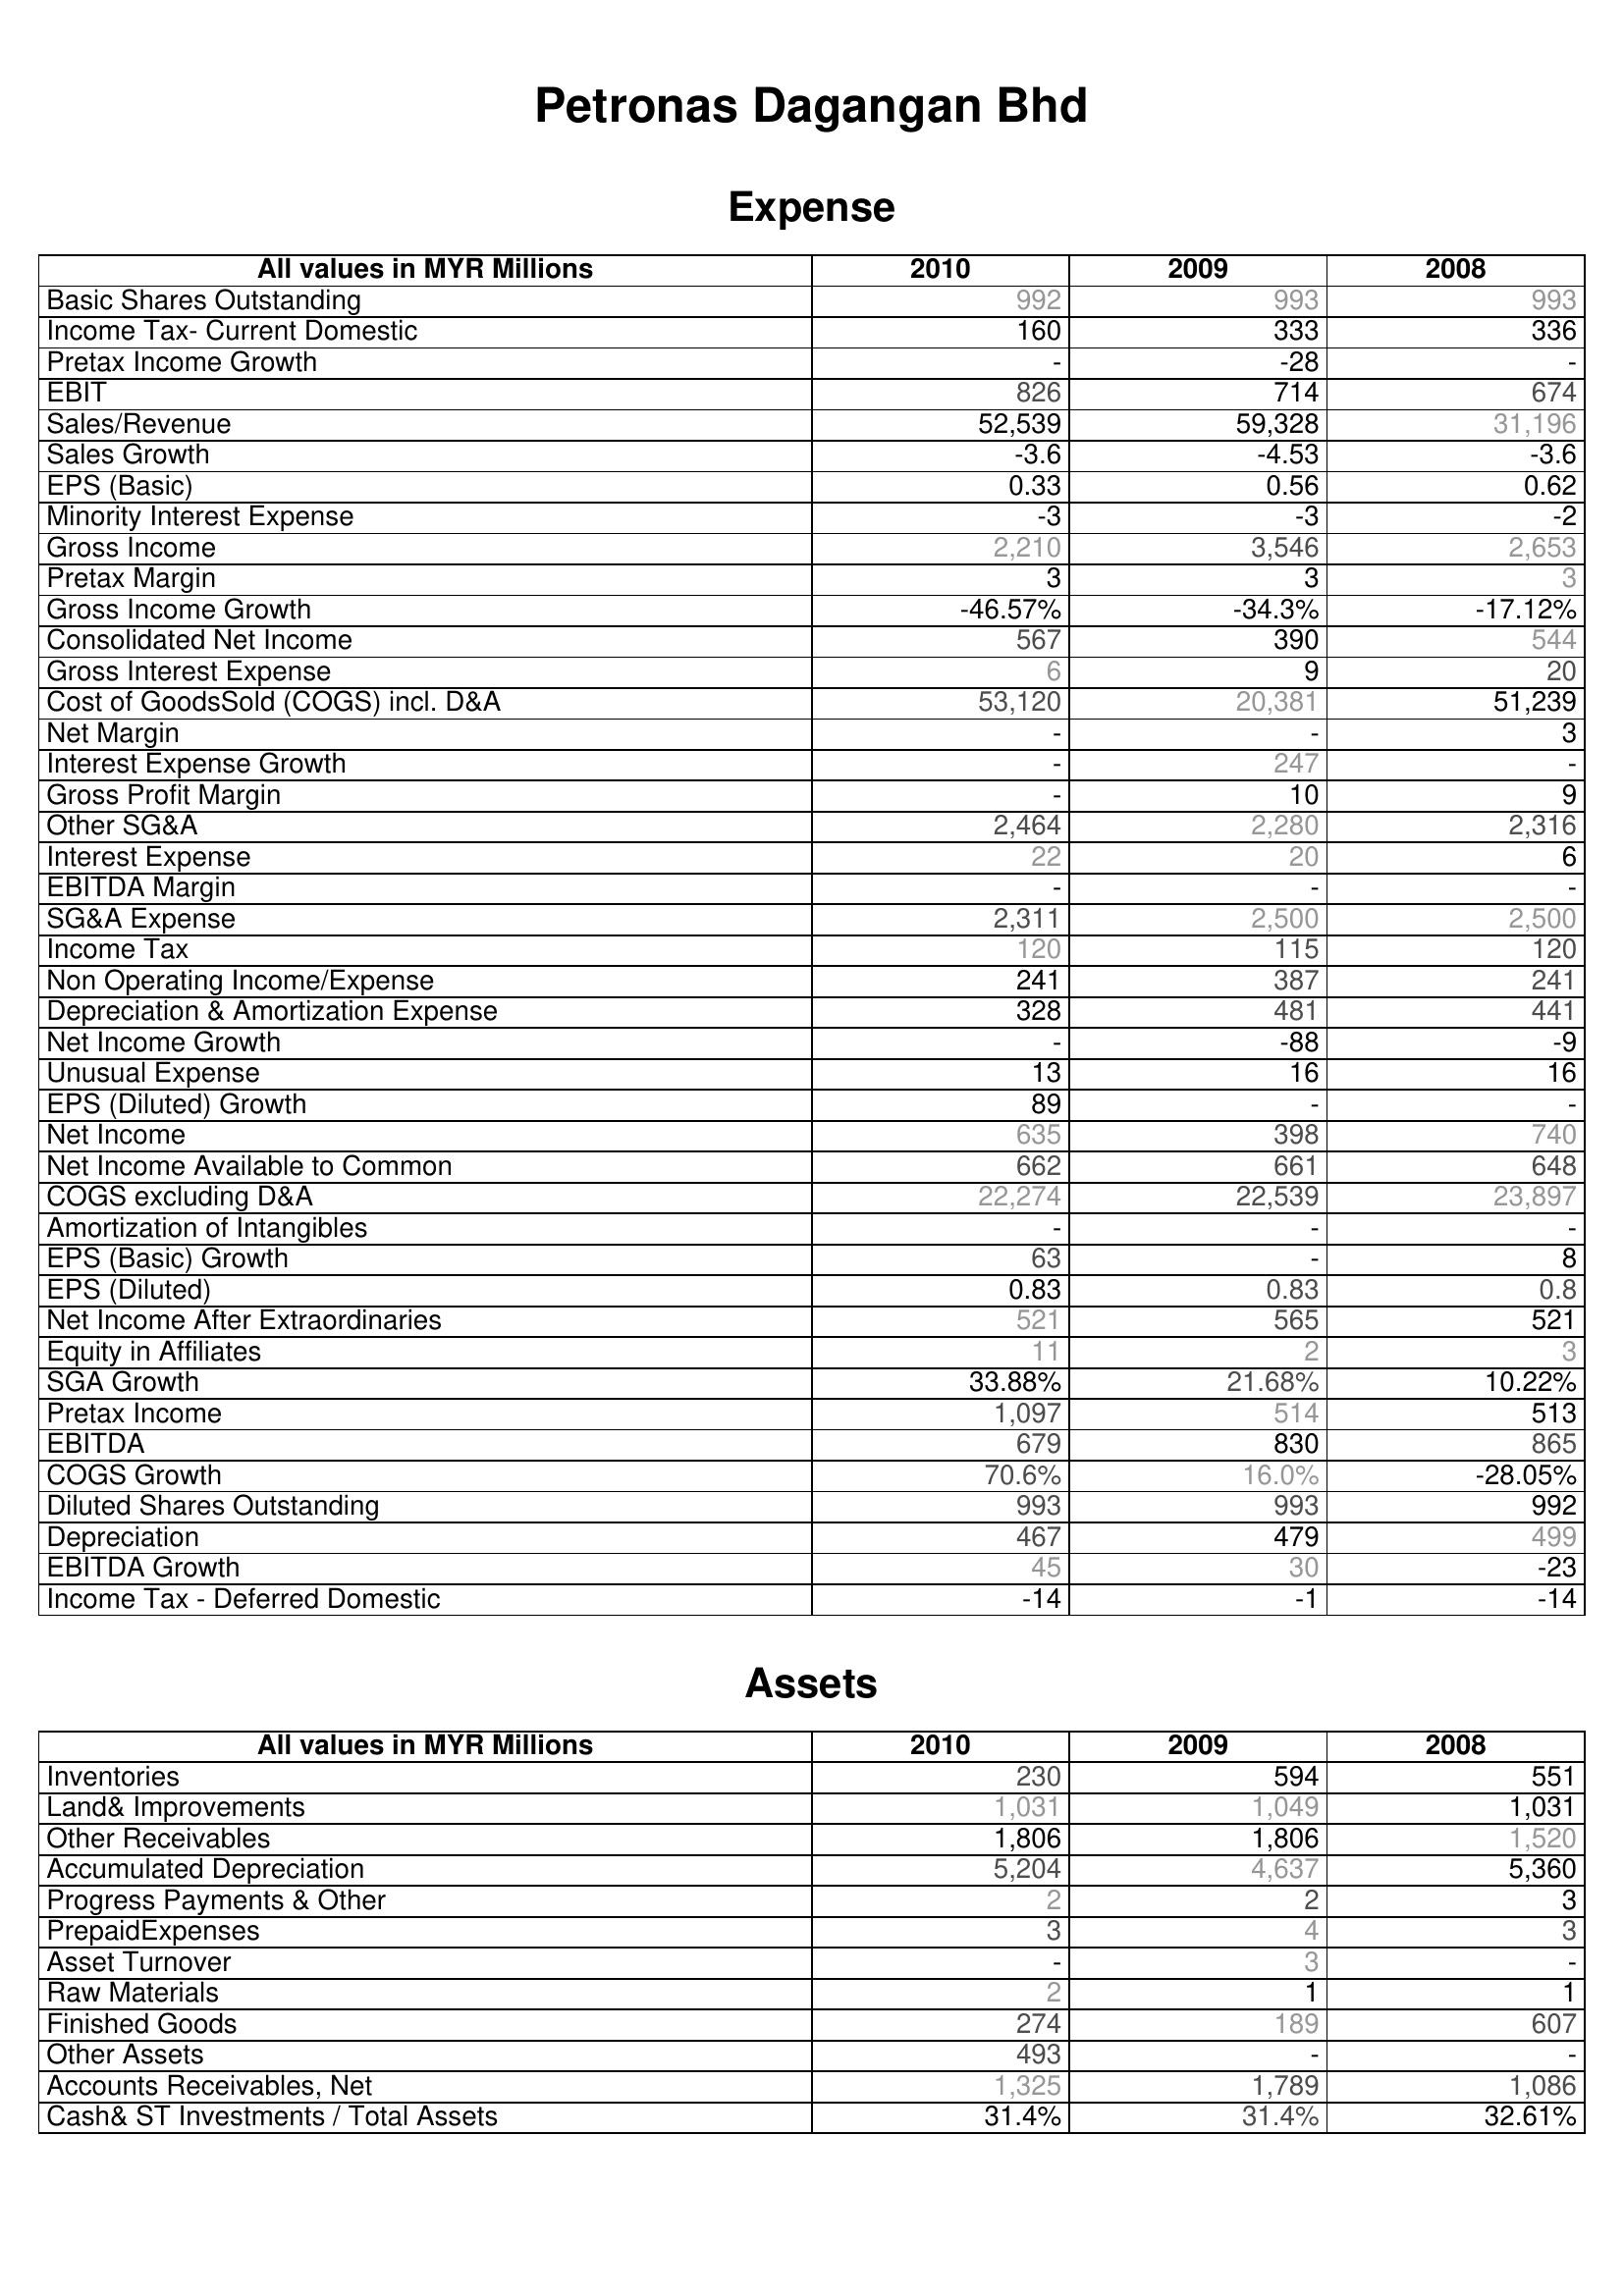
2010: Expense: Basic Shares Outstanding: 992
Income Tax- Current Domestic: 160
Pretax Income Growth: -
EBIT: 826
Sales/Revenue: 52,539
Sales Growth: -3.6
EPS (Basic): 0.33
Minority Interest Expense: -3
Gross Income: 2,210
Pretax Margin: 3
Gross Income Growth: -46.57%
Consolidated Net Income: 567
Gross Interest Expense: 6
Cost of GoodsSold (COGS) incl. D&A: 53,120
Net Margin: -
Interest Expense Growth: -
Gross Profit Margin: -
Other SG&A: 2,464
Interest Expense: 22
EBITDA Margin: -
SG&A Expense: 2,311
Income Tax: 120
Non Operating Income/Expense: 241
Depreciation & Amortization Expense: 328
Net Income Growth: -
Unusual Expense: 13
EPS (Diluted) Growth: 89
Net Income: 635
Net Income Available to Common: 662
COGS excluding D&A: 22,274
Amortization of Intangibles: -
EPS (Basic) Growth: 63
EPS (Diluted): 0.83
Net Income After Extraordinaries: 521
Equity in Affiliates: 11
SGA Growth: 33.88%
Pretax Income: 1,097
EBITDA: 679
COGS Growth: 70.6%
Diluted Shares Outstanding: 993
Depreciation: 467
EBITDA Growth: 45
Income Tax - Deferred Domestic: -14
Assets: Inventories: 230
Land& Improvements: 1,031
Other Receivables: 1,806
Accumulated Depreciation: 5,204
Progress Payments & Other: 2
PrepaidExpenses: 3
Asset Turnover: -
Raw Materials: 2
Finished Goods: 274
Other Assets: 493
Accounts Receivables, Net: 1,325
Cash& ST Investments / Total Assets: 31.4%
2009: Expense: Basic Shares Outstanding: 993
Income Tax- Current Domestic: 333
Pretax Income Growth: -28
EBIT: 714
Sales/Revenue: 59,328
Sales Growth: -4.53
EPS (Basic): 0.56
Minority Interest Expense: -3
Gross Income: 3,546
Pretax Margin: 3
Gross Income Growth: -34.3%
Consolidated Net Income: 390
Gross Interest Expense: 9
Cost of GoodsSold (COGS) incl. D&A: 20,381
Net Margin: -
Interest Expense Growth: 247
Gross Profit Margin: 10
Other SG&A: 2,280
Interest Expense: 20
EBITDA Margin: -
SG&A Expense: 2,500
Income Tax: 115
Non Operating Income/Expense: 387
Depreciation & Amortization Expense: 481
Net Income Growth: -88
Unusual Expense: 16
EPS (Diluted) Growth: -
Net Income: 398
Net Income Available to Common: 661
COGS excluding D&A: 22,539
Amortization of Intangibles: -
EPS (Basic) Growth: -
EPS (Diluted): 0.83
Net Income After Extraordinaries: 565
Equity in Affiliates: 2
SGA Growth: 21.68%
Pretax Income: 514
EBITDA: 830
COGS Growth: 16.0%
Diluted Shares Outstanding: 993
Depreciation: 479
EBITDA Growth: 30
Income Tax - Deferred Domestic: -1
Assets: Inventories: 594
Land& Improvements: 1,049
Other Receivables: 1,806
Accumulated Depreciation: 4,637
Progress Payments & Other: 2
PrepaidExpenses: 4
Asset Turnover: 3
Raw Materials: 1
Finished Goods: 189
Other Assets: -
Accounts Receivables, Net: 1,789
Cash& ST Investments / Total Assets: 31.4%
2008: Expense: Basic Shares Outstanding: 993
Income Tax- Current Domestic: 336
Pretax Income Growth: -
EBIT: 674
Sales/Revenue: 31,196
Sales Growth: -3.6
EPS (Basic): 0.62
Minority Interest Expense: -2
Gross Income: 2,653
Pretax Margin: 3
Gross Income Growth: -17.12%
Consolidated Net Income: 544
Gross Interest Expense: 20
Cost of GoodsSold (COGS) incl. D&A: 51,239
Net Margin: 3
Interest Expense Growth: -
Gross Profit Margin: 9
Other SG&A: 2,316
Interest Expense: 6
EBITDA Margin: -
SG&A Expense: 2,500
Income Tax: 120
Non Operating Income/Expense: 241
Depreciation & Amortization Expense: 441
Net Income Growth: -9
Unusual Expense: 16
EPS (Diluted) Growth: -
Net Income: 740
Net Income Available to Common: 648
COGS excluding D&A: 23,897
Amortization of Intangibles: -
EPS (Basic) Growth: 8
EPS (Diluted): 0.8
Net Income After Extraordinaries: 521
Equity in Affiliates: 3
SGA Growth: 10.22%
Pretax Income: 513
EBITDA: 865
COGS Growth: -28.05%
Diluted Shares Outstanding: 992
Depreciation: 499
EBITDA Growth: -23
Income Tax - Deferred Domestic: -14
Assets: Inventories: 551
Land& Improvements: 1,031
Other Receivables: 1,520
Accumulated Depreciation: 5,360
Progress Payments & Other: 3
PrepaidExpenses: 3
Asset Turnover: -
Raw Materials: 1
Finished Goods: 607
Other Assets: -
Accounts Receivables, Net: 1,086
Cash& ST Investments / Total Assets: 32.61%